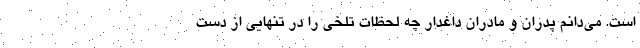
است. می‌دانم پدران و مادران داغدار چه لحظات تلخی را در تنهایی از دست